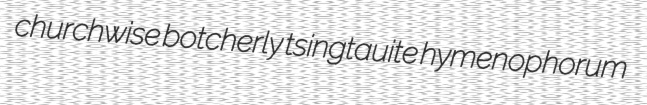
churchwise botcherly tsingtauite hymenophorum